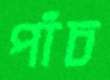
পাঁচ